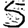
Digit: 5